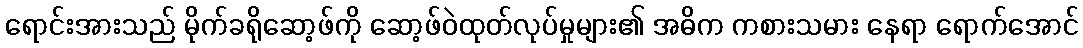
ရောင်းအားသည် မိုက်ခရိုဆော့ဖ်ကို ဆော့ဖ်ဝဲထုတ်လုပ်မှုများ၏ အဓိက ကစားသမား နေရာ ရောက်အောင်